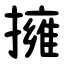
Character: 擁